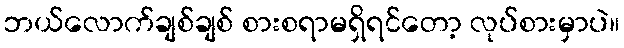
ဘယ်လောက်ချစ်ချစ် စားစရာမရှိရင်တော့ လုပ်စားမှာပဲ။